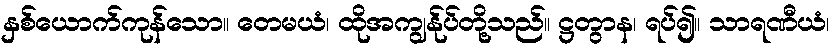
နှစ်ယောက်ကုန်သော။ တေမယံ၊ ထိုအကျွန်ုပ်တို့သည်။ ဋ္ဌတွာန၊ ရပ်၍။ သာရဏီယံ၊